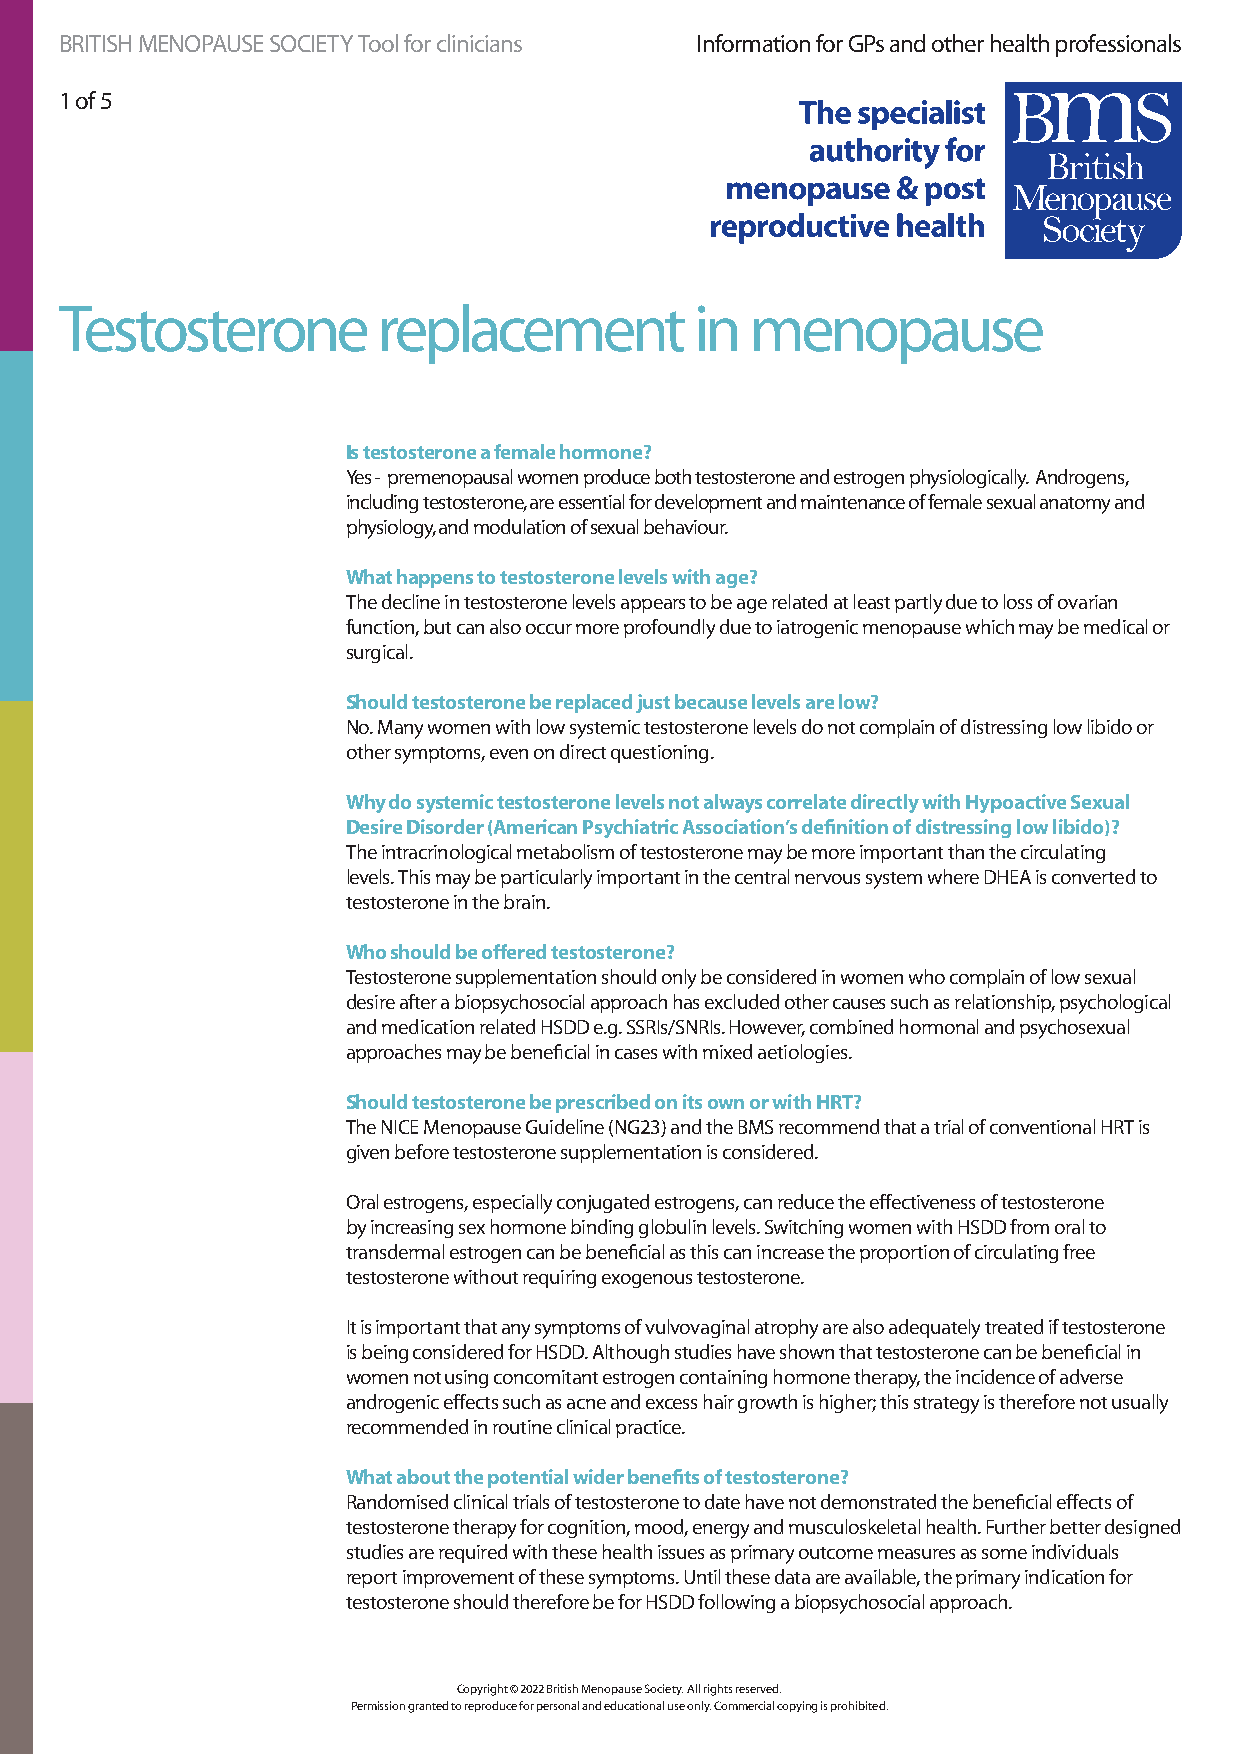
BRITISH MENOPAUSE SOCIETY Tool for clinicians Information for GPs and other health professionals
 1 of 5
 Testosterone         replacement          in  menopause
 Is testosterone a female hormone?
 Yes - premenopausal women produce both testosterone and estrogen physiologically. Androgens,
 including testosterone, are essential for development and maintenance of female sexual anatomy and
 physiology, and modulation of sexual behaviour.
 What happens to testosterone levels with age?
 The decline in testosterone levels appears to be age related at least partly due to loss of ovarian
 function, but can also occur more profoundly due to iatrogenic menopause which may be medical or
 surgical.
 Should testosterone be replaced just because levels are low?
 No. Many women with low systemic testosterone levels do not complain of distressing low libido or
 other symptoms, even on direct questioning.
 Why do systemic testosterone levels not always correlate directly with Hypoactive Sexual
 Desire Disorder (American Psychiatric Association’s definition of distressing low libido)?
 The intracrinological metabolism of testosterone may be more important than the circulating
 levels. This may be particularly important in the central nervous system where DHEA is converted to
 testosterone in the brain.
 Who should be offered testosterone?
 Testosterone supplementation should only be considered in women who complain of low sexual
 desire after a biopsychosocial approach has excluded other causes such as relationship, psychological
 and medication related HSDD e.g. SSRIs/SNRIs. However, combined hormonal and psychosexual
 approaches may be beneficial in cases with mixed aetiologies.
 Should testosterone be prescribed on its own or with HRT?
 The NICE Menopause Guideline (NG23) and the BMS recommend that a trial of conventional HRT is
 given before testosterone supplementation is considered.
 Oral estrogens, especially conjugated estrogens, can reduce the effectiveness of testosterone
 by increasing sex hormone binding globulin levels. Switching women with HSDD from oral to
 transdermal estrogen can be beneficial as this can increase the proportion of circulating free
 testosterone without requiring exogenous testosterone.
 It is important that any symptoms of vulvovaginal atrophy are also adequately treated if testosterone
 is being considered for HSDD. Although studies have shown that testosterone can be beneficial in
 women not using concomitant estrogen containing hormone therapy, the incidence of adverse
 androgenic effects such as acne and excess hair growth is higher; this strategy is therefore not usually
 recommended in routine clinical practice.
 What about the potential wider benefits of testosterone?
 Randomised clinical trials of testosterone to date have not demonstrated the beneficial effects of
 testosterone therapy for cognition, mood, energy and musculoskeletal health. Further better designed
 studies are required with these health issues as primary outcome measures as some individuals
 report improvement of these symptoms. Until these data are available, the primary indication for
 testosterone should therefore be for HSDD following a biopsychosocial approach.
 Copyright © 2022 British Menopause Society. All rights reserved.
 Permission granted to reproduce for personal and educational use only. Commercial copying is prohibited.